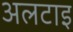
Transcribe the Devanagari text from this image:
अलटाइ